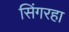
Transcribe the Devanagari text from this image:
सिंगरहा